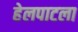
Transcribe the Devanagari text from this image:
हेलपाटला